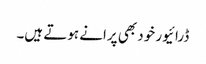
ڈرائیور خود بھی پرانے ہوتے ہیں۔